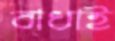
বাধাই